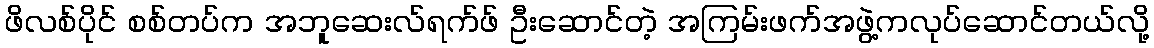
ဖိလစ်ပိုင် စစ်တပ်က အဘူဆေးလ်ရက်ဖ် ဦးဆောင်တဲ့ အကြမ်းဖက်အဖွဲ့ကလုပ်ဆောင်တယ်လို့